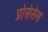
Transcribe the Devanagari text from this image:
प्रोसेसेस